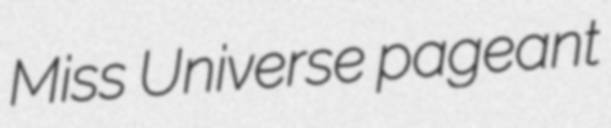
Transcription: Miss Universe pageant